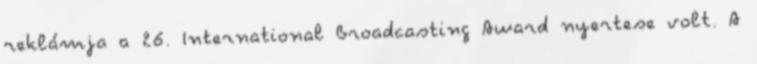
reklámja a 26. International Broadcasting Award nyertese volt. A